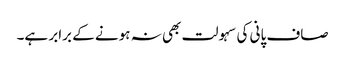
صاف پانی کی سہولت بھی نہ ہونے کے برابر ہے۔